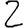
Digit: 2